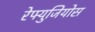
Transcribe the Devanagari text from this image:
रेफ्युजियोस